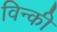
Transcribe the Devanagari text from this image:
विन्की